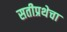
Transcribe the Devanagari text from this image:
सतीप्रथेचा